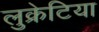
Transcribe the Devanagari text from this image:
लुक्रेटिया